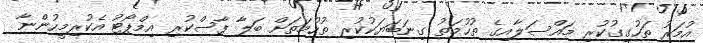
އުމަރު ތަހުގީގުކުރި މައްސަލާއިގެ ތުހުމަތު ގިނަބަޔަކުކުރި ތުހުމަތަށް ބަލާ ފާސްކުރި އިމްޕޯޓު އެކުރިމީހުންނާ